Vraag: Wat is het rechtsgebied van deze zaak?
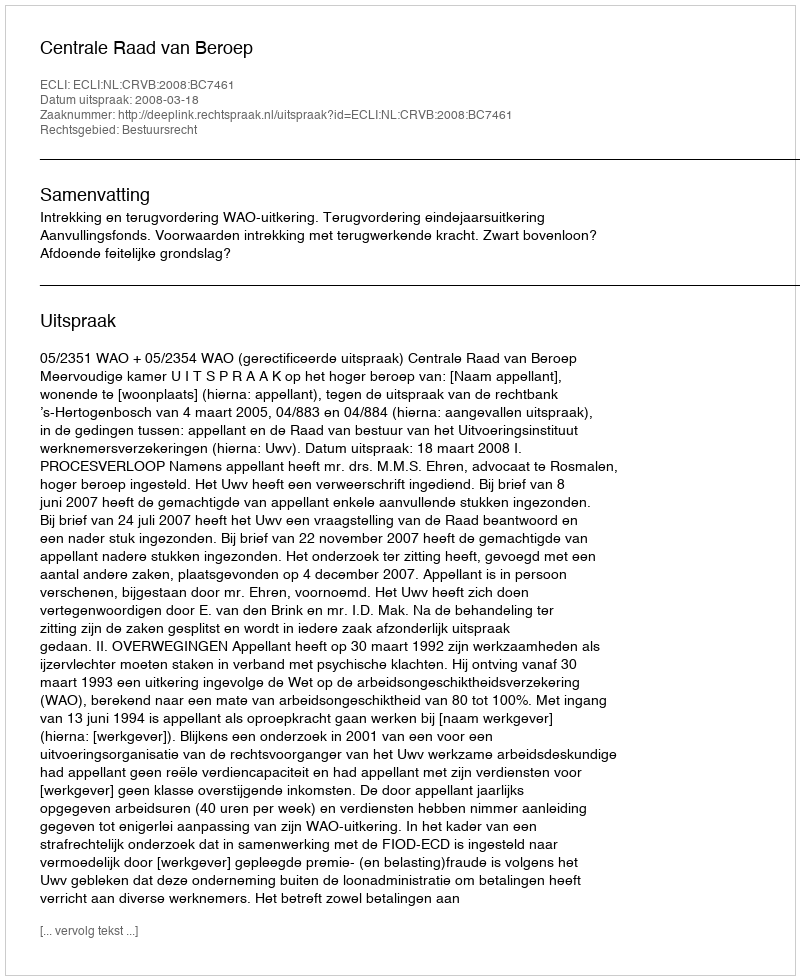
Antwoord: Bestuursrecht